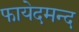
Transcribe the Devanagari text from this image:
फायेदमन्द